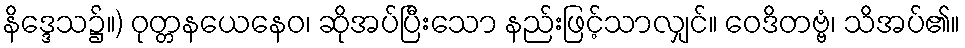
နိဒ္ဒေသ၌။) ဝုတ္တနယေနေဝ၊ ဆိုအပ်ပြီးသော နည်းဖြင့်သာလျှင်။ ဝေဒိတဗ္ဗံ၊ သိအပ်၏။